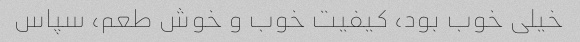
خیلی خوب بود، کیفیت خوب و خوش طعم، سپاس